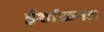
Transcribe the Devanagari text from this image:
ईर्शाळगड